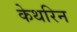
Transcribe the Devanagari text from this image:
केथरिन